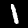
Digit: 1